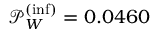
\mathcal { P } _ { W } ^ { ( \mathrm { i n f } ) } = 0 . 0 4 6 0